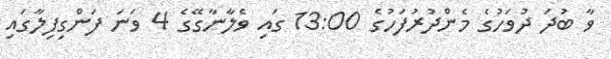
ވާ ބުދަ ދުވަހުގެ މެންދުރުފަހުގެ 13:00 ގައި ވެލާނާގޭގެ 4 ވަނަ ފަންގިފިލާގައި